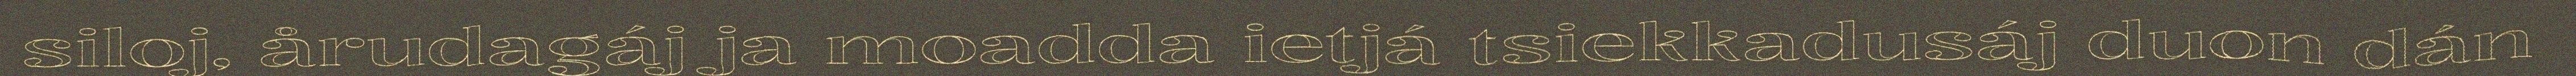
siloj, årudagáj ja moadda ietjá tsiekkadusáj duon dán